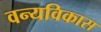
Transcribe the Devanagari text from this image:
वन्यविकास